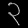
Digit: ၃